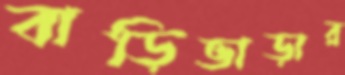
বাড়িভাড়ার